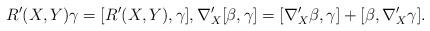
LaTeX: \begin{gather*}R'(X,Y)\gamma=[R'(X,Y),\gamma],\nabla '_X[\beta,\gamma]=[\nabla '_X\beta,\gamma]+[\beta,\nabla '_X\gamma].\end{gather*}